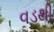
વડથી